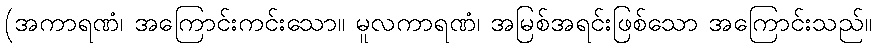
(အကာရဏံ၊ အကြောင်းကင်းသော။ မူလကာရဏံ၊ အမြစ်အရင်းဖြစ်သော အကြောင်းသည်။